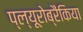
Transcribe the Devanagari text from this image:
प्ल्यूरोब्रैंकिया